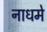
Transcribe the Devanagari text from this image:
नाधमे